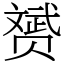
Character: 赟